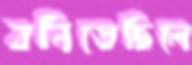
বনিতেছিলে